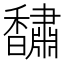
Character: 𮩰